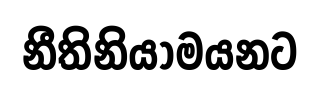
නීතිනියාමයනට